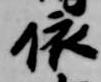
依